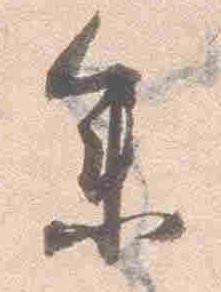
参